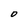
Character: 0